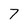
Character: 7